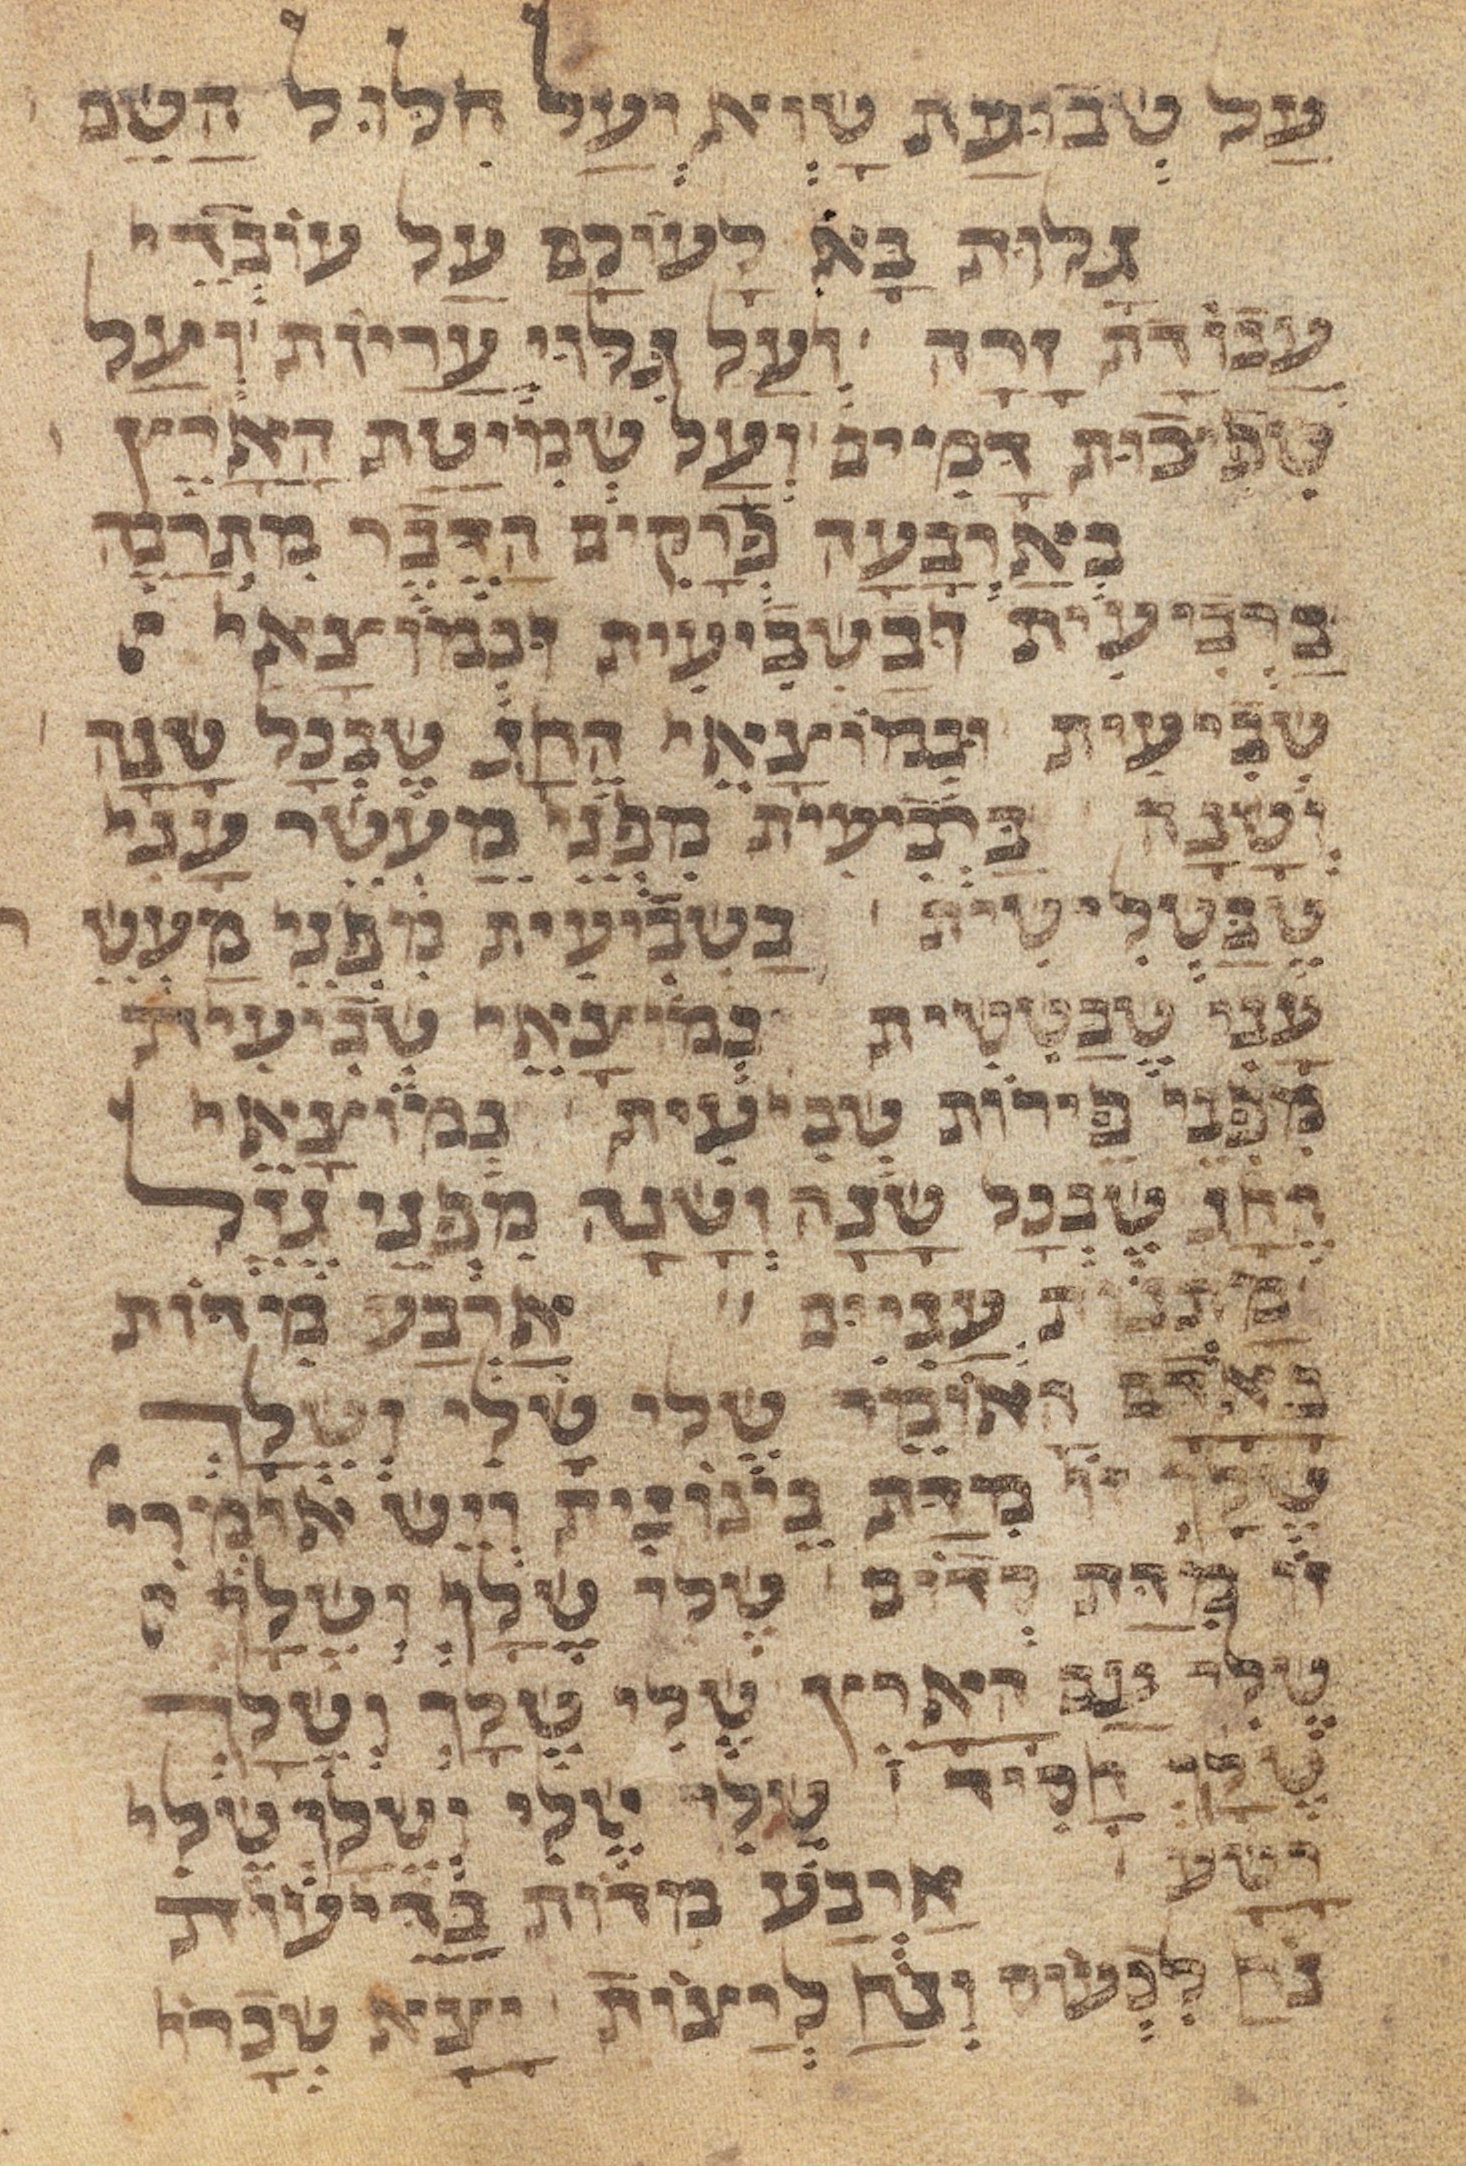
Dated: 1450–1499